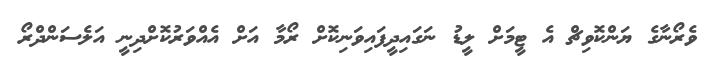
ވެރޯނާގެ ޔަންކޮވިޗް އެ ޓީމަށް ލީޑު ނަގައިދީފައިވަނިކޮށް ރޯމާ އަށް އެއްވަރުކޮށްދިނީ އަަަލެސަންދްރޯ